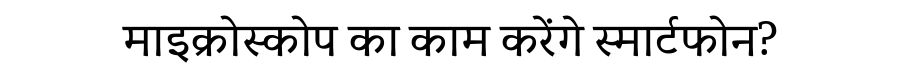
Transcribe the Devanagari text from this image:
माइक्रोस्कोप का काम करेंगे स्मार्टफोन?